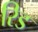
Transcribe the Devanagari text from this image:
रिड